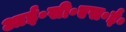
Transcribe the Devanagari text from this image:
आई॰सी॰एस॰ई॰